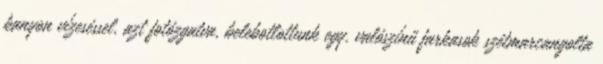
kanyon vízeséssel, azt fotózgatva, belebotlottunk egy, valószínű farkasok szétmarcangolta